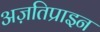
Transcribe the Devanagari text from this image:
अज़तिप्राइन